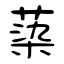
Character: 蒅